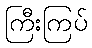
ကြီးကြပ်